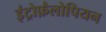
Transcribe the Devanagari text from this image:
इंट्रोफ़ैलोपियन